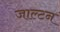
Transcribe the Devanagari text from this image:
जाल्‍टन